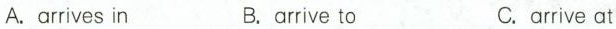
A.arrives in B.arrive to C.arrive at